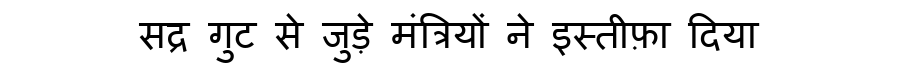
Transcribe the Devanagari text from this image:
सद्र गुट से जुड़े मंत्रियों ने इस्तीफ़ा दिया